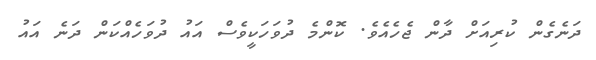
ދަނެގެން ކުރިއަށް ދާން ޖެހެއެވެ. ކޮންމެ ދުވަހަކީވެސް އައު ދުވަހެއްކަން ދަނެ އައު